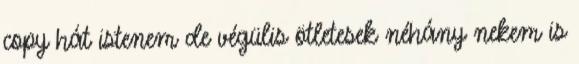
copy hát istenem de végülis ötletesek néhány nekem is